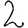
Digit: 2